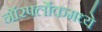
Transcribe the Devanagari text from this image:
नॉरर्फ्लोकमध्ये